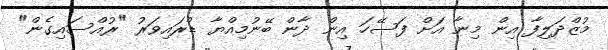
މުޒްދަލިފާ އިން މިނާ އަށް ފަސޭހަ އިން ދާން ބޭނުމިއްޔާ ޑްރައިވަރު "ރުއްސައިގެން"